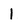
Character: 1